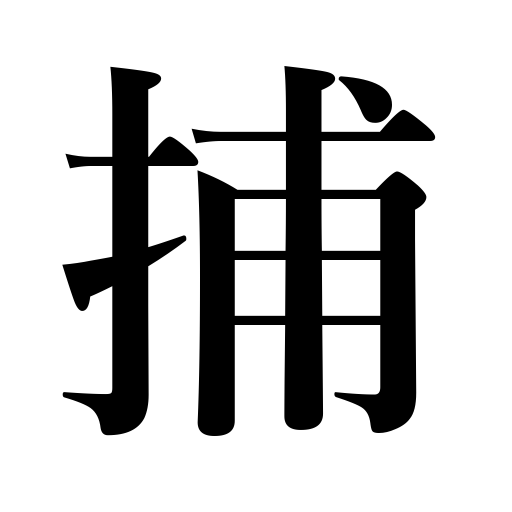
Meanings: catch,arrest,be seized with,be captured,be arrested,be a slave to,capture,be caught